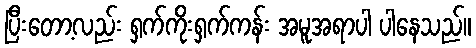
ပြီးတော့လည်း ရှက်ကိုးရှက်ကန်း အမူအရာပါ ပါနေသည်။